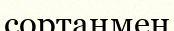
сортаңмен